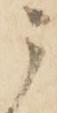
う